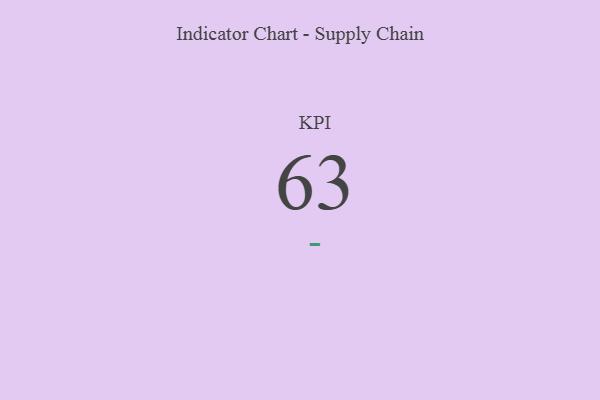
{"axis": {"x": "KPI", "y": "Value"}, "legend": [""], "data": [{"x": "KPI", "y": 63, "type": ""}]}